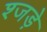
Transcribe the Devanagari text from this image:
श्जड़े